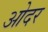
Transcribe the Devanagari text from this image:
ओदर